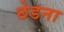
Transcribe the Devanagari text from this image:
छेडना